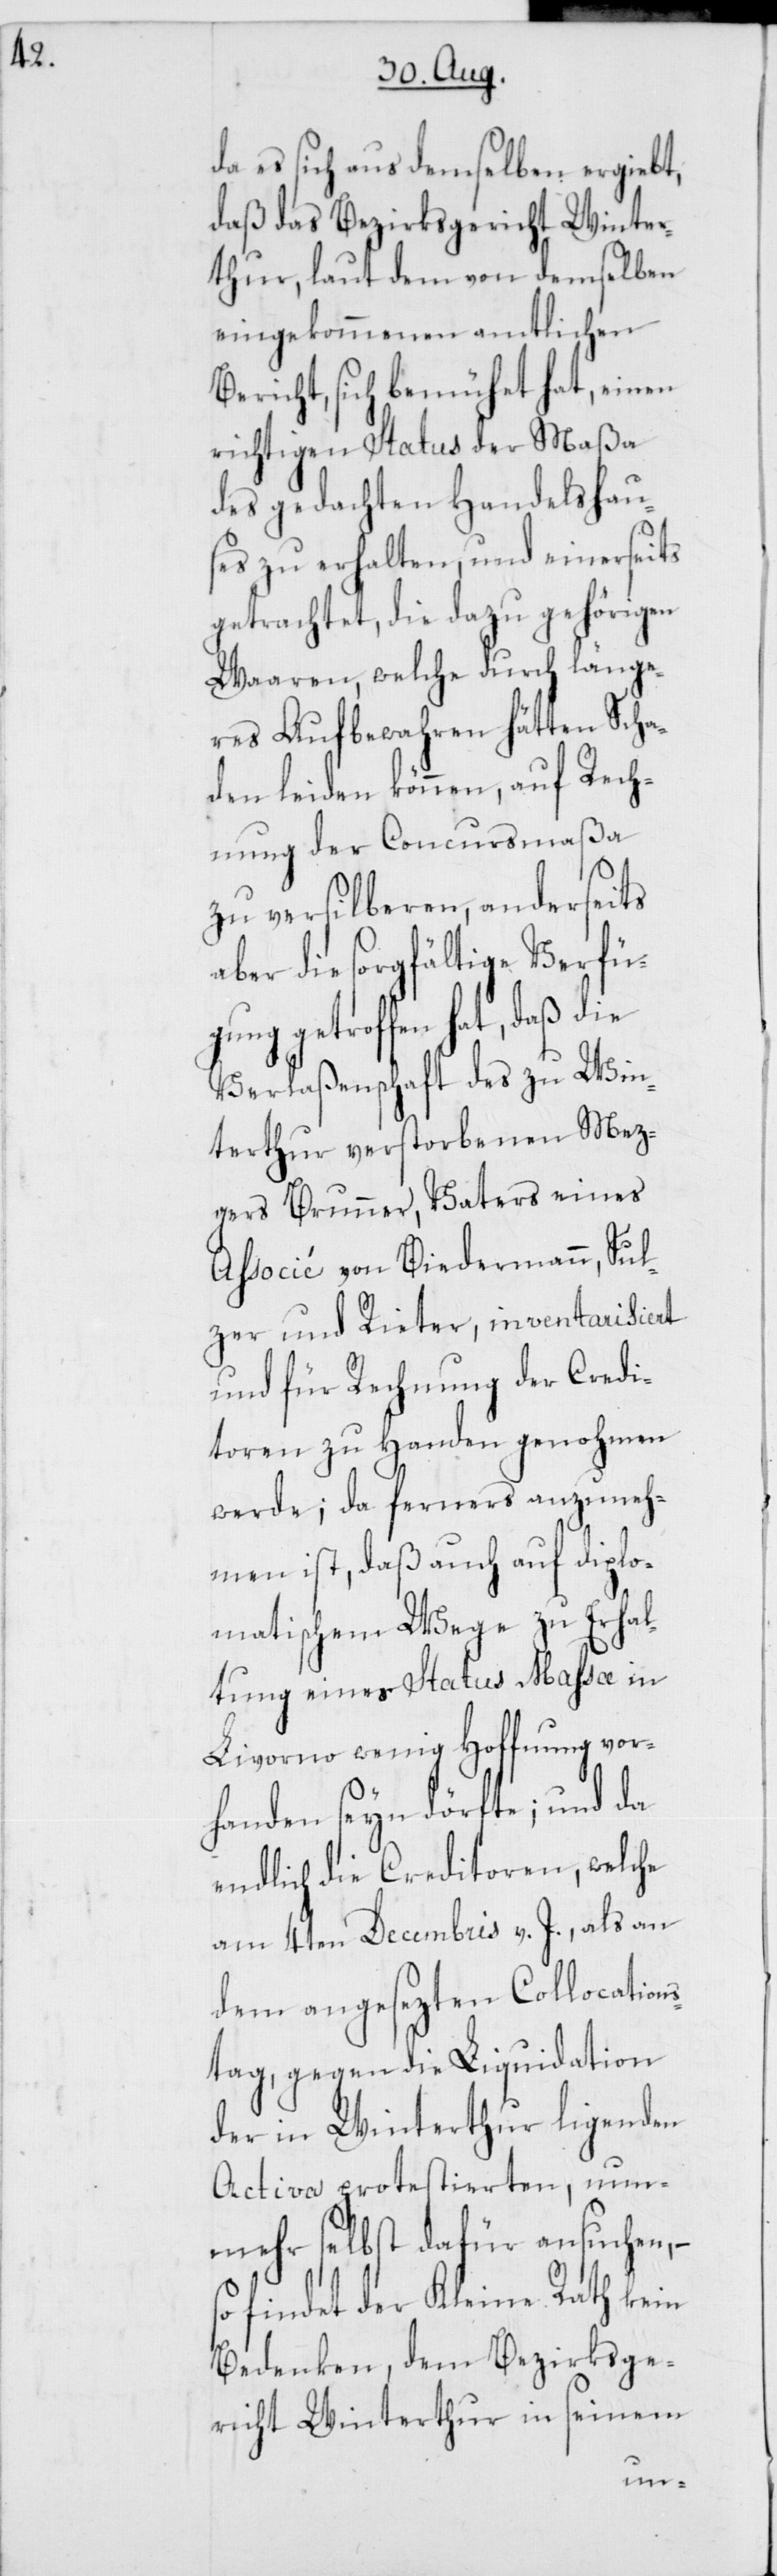
da es sich aus demselben ergiebt,
daß das Bezirksgericht Winter¬
thur, laut dem von demselben
eingekommenen amtlichen
Bericht, sich bemühet hat, einen
richtigen Status der Maßa
des gedachten Handelshau¬
ses zu erhalten, und einerseits
getrachtet, die dazu gehörigen
Waaren, welche durch länge¬
res Aufbewahren hätten Scha¬
den leiden können, auf Rech¬
nung der Concursmaßa
zu versilberen, anderseits
aber die sorgfältige Verfüg¬
ung getroffen hat, daß
Verlaßenschaft des zu Win¬
terthur verstorbenen Mez¬
gers Brunner, Vaters eines
Associé von Biedermann, Sul¬
zer und Rieter, inventarisiert
und für Rechnung der Credi¬
toren zu Handen genohmen
werde; da ferners anzuneh¬
men ist, daß auch auf diplo¬
matischem Wege zu Erhal¬
tung eines Status Massa in
Livorno wenig Hoffnung vor¬
handen seyn dörfte; und da
endlich die Creditoren, welche
am 4ten Decembris v. J., als an
dem angesezten Collocation¬
stag, gegen die Liquidation
der in Winterthur ligenden
Activa protestierten, nu¬
mehr selbst dafür ansuchen, –
findet der Kleine Rath kein
Bedenken, dem Beziksge¬
richt Winterthur in seinem